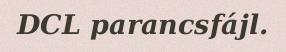
DCL parancsfájl.